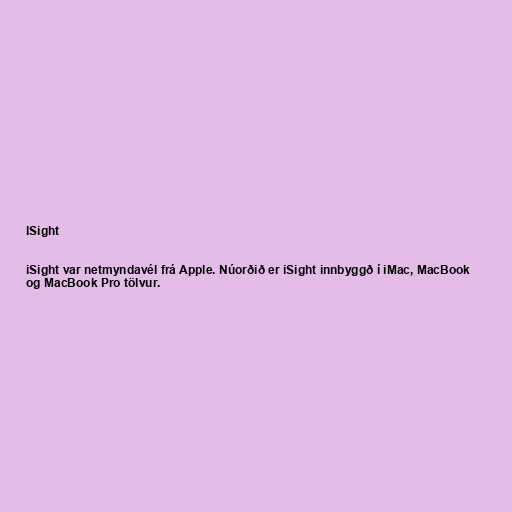
ISight

iSight var netmyndavél frá Apple. Núorðið er iSight innbyggð í iMac, MacBook
og MacBook Pro tölvur.